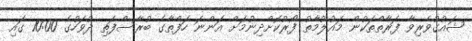
ޝައުގުވެރިވާ ފަރާތްތަކުން މައުލޫމާތު ފޯރުކޮށްދިނުމަށް އަންނަ ހަފްތާގެ ބުރާސްފަތި ދުވަހުގެ 10:00 ގައި